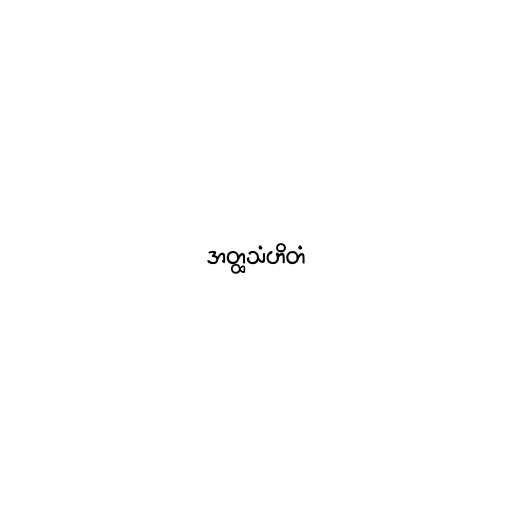
အတ္ထသံဟိတံ